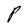
Character: P